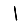
Digit: 1